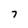
Character: 7